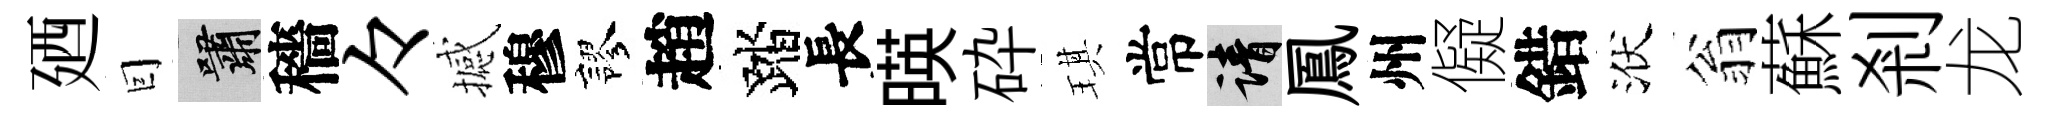
廼囙嘯穡々撼穆謬趙踏長暎砕琪常請鳳州儗錯洑翁蘇剎龙